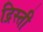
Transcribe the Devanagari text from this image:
द्रिस्ती